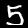
Label: 5